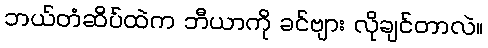
ဘယ်တံဆိပ်ထဲက ဘီယာကို ခင်ဗျား လိုချင်တာလဲ။